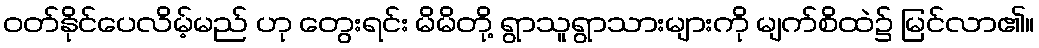
ဝတ်နိုင်ပေလိမ့်မည် ဟု တွေးရင်း မိမိတို့ ရွာသူရွာသားများကို မျက်စိထဲ၌ မြင်လာ၏။